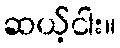
ဆယ့်ငါး။